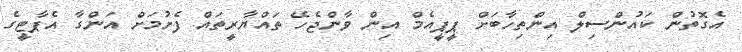
އެގޮތުން ކައުންސިލް އިންތިހާބަށް ޕީޕީއެމް އިން ވާންޖެހޭ ތައްޔާރީތައް ފެށުމަށް އަންގާ އެޕާޓީގެ